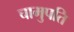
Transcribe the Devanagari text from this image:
चामुपति